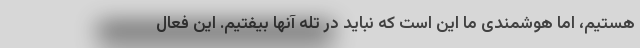
هستیم، اما هوشمندی ما این است که نباید در تله‌ آنها بیفتیم. این فعال